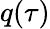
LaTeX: q(\tau)